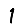
Digit: 1